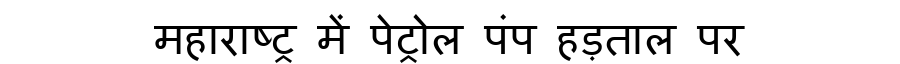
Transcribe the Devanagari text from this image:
महाराष्ट्र में पेट्रोल पंप हड़ताल पर